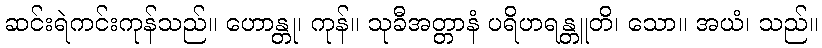
ဆင်းရဲကင်းကုန်သည်။ ဟောန္တု၊ ကုန်။ သုခီအတ္တာနံ ပရိဟရန္တူတိ၊ သော။ အယံ၊ သည်။